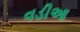
વડીઆ